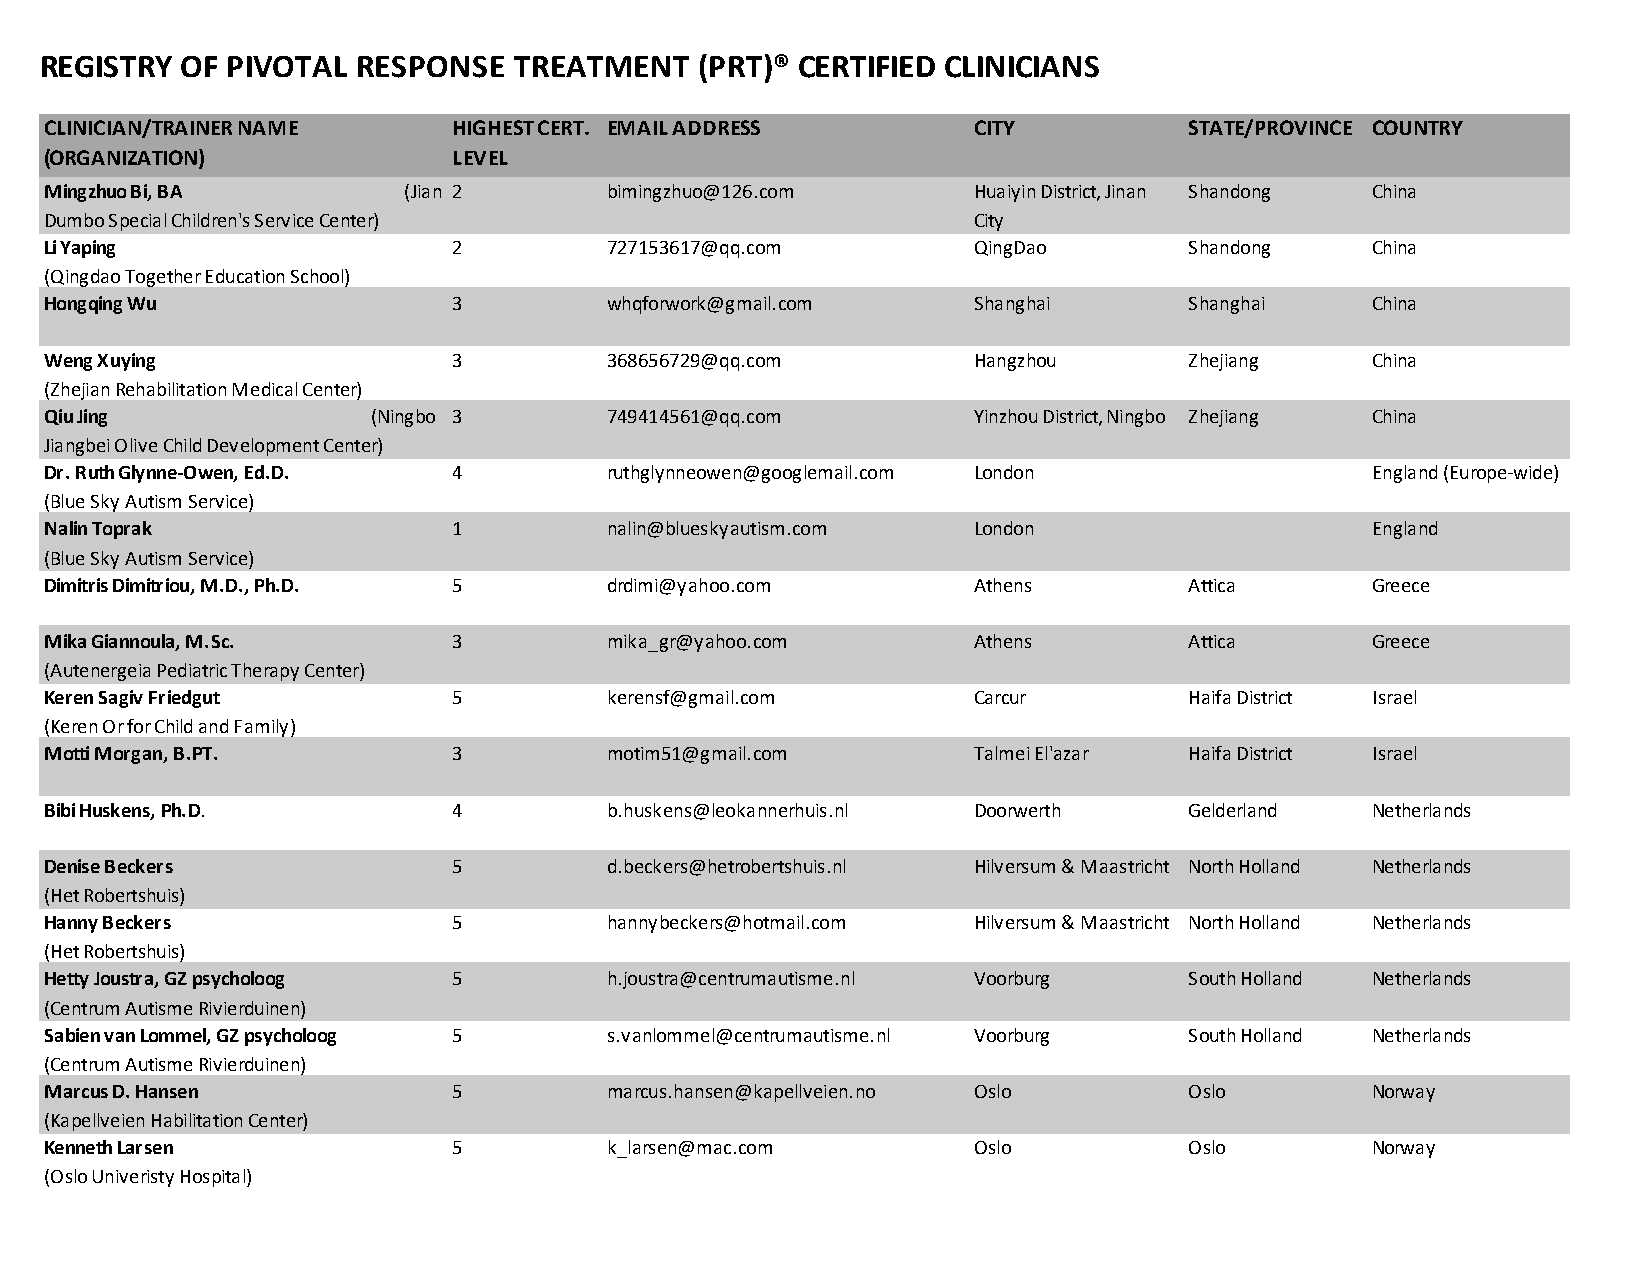
REGISTRY OF PIVOTAL  RESPONSE  TREATMENT   (PRT)® CERTIFIED CLINICIANS
 CLINICIAN/TRAINER NAME     HIGHEST CERT. EMAIL ADDRESS       CITY           STATE/PROVINCE COUNTRY
 (ORGANIZATION)             LEVEL
 Mingzhuo Bi, BA         (Jian 2      bimingzhuo@126.com      Huaiyin District, Jinan Shandong China
 Dumbo Special Children's Service Center)                     City
 Li Yaping                  2         727153617@qq.com        QingDao        Shandong    China
 (Qingdao Together Education School)
 Hongqing Wu                3         whqforwork@gmail.com    Shanghai       Shanghai    China
 Weng Xuying                3         368656729@qq.com        Hangzhou       Zhejiang    China
 (Zhejian Rehabilitation Medical Center)
 Qiu Jing              (Ningbo 3      749414561@qq.com        Yinzhou District, Ningbo Zhejiang China
 Jiangbei Olive Child Development Center)
 Dr. Ruth Glynne-Owen, Ed.D. 4        ruthglynneowen@googlemail.com London               England (Europe-wide)
 (Blue Sky Autism Service)
 Nalin Toprak               1         nalin@blueskyautism.com London                     England
 (Blue Sky Autism Service)
 Dimitris Dimitriou, M.D., Ph.D. 5    drdimi@yahoo.com        Athens         Attica      Greece
 Mika Giannoula, M.Sc.      3         mika_gr@yahoo.com       Athens         Attica      Greece
 (Autenergeia Pediatric Therapy Center)
 Keren Sagiv Friedgut       5         kerensf@gmail.com       Carcur         Haifa District Israel
 (Keren Or for Child and Family)
 Motti Morgan, B.PT.        3         motim51@gmail.com       Talmei El'azar Haifa District Israel
 Bibi Huskens, Ph.D.        4         b.huskens@leokannerhuis.nl Doorwerth   Gelderland  Netherlands
 Denise Beckers             5         d.beckers@hetrobertshuis.nl Hilversum & Maastricht North Holland Netherlands
 (Het Robertshuis)
 Hanny Beckers              5         hannybeckers@hotmail.com Hilversum & Maastricht North Holland Netherlands
 (Het Robertshuis)
 Hetty Joustra, GZ psycholoog 5       h.joustra@centrumautisme.nl Voorburg   South Holland Netherlands
 (Centrum Autisme Rivierduinen)
 Sabien van Lommel, GZ psycholoog 5   s.vanlommel@centrumautisme.nl Voorburg South Holland Netherlands
 (Centrum Autisme Rivierduinen)
 Marcus D. Hansen           5         marcus.hansen@kapellveien.no Oslo      Oslo        Norway
 (Kapellveien Habilitation Center)
 Kenneth Larsen             5         k_larsen@mac.com        Oslo           Oslo        Norway
 (Oslo Univeristy Hospital)